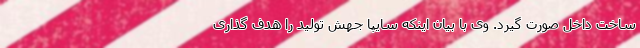
ساخت داخل صورت گیرد. وی با بیان اینکه سایپا جهش تولید را هدف گذاری